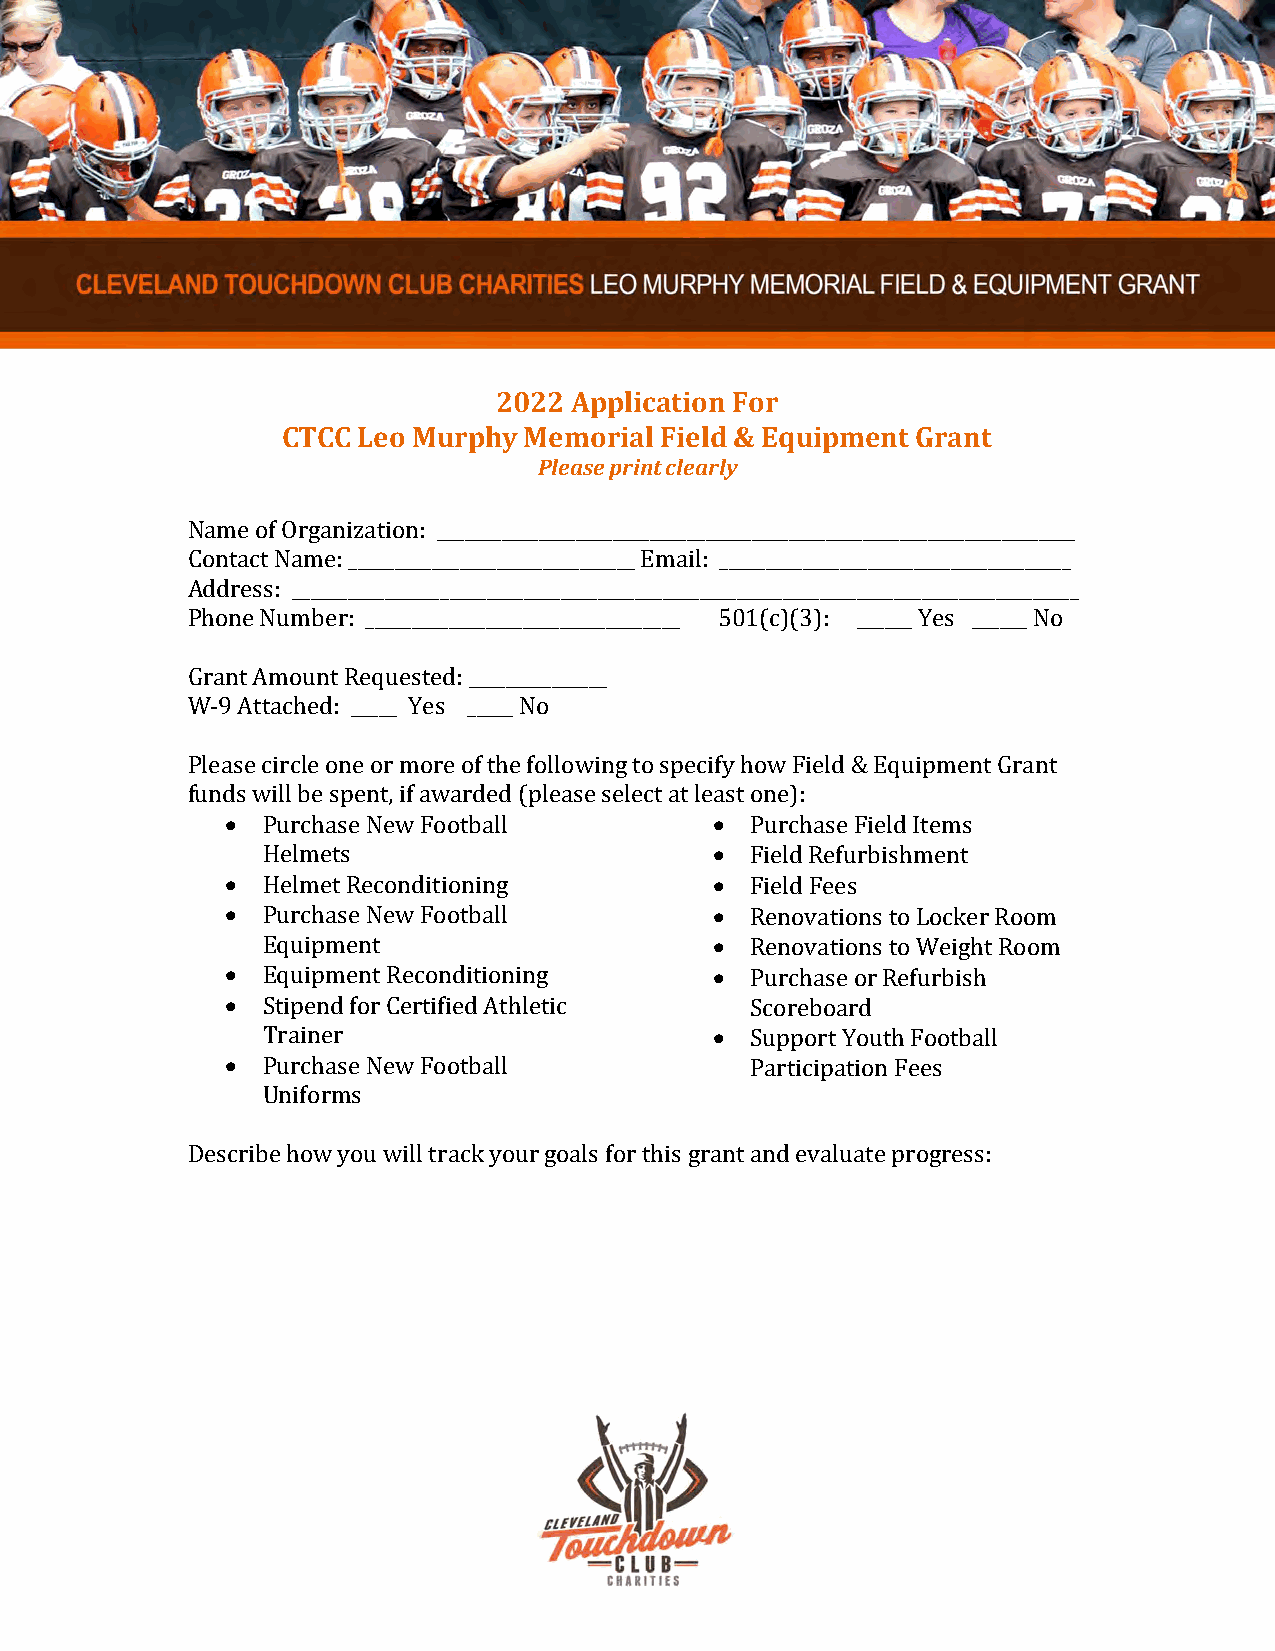
2022 Application For
 CTCC Leo Murphy Memorial Field & Equipment Grant
 Please print clearly
 Name of Organization: _____________________________________________________________________
 Contact Name: _______________________________ Email: ______________________________________
 Address: _____________________________________________________________________________________
 Phone Number: __________________________________ 501(c)(3): ______ Yes ______ No
 Grant Amount Requested: _______________
 W-9 Attached: _____ Yes _____ No
 Please circle one or more of the following to specify how Field & Equipment Grant
 funds will be spent, if awarded (please select at least one):
  Purchase New Football           Purchase Field Items
 Helmets                         Field Refurbishment
  Helmet Reconditioning           Field Fees
  Purchase New Football           Renovations to Locker Room
 Equipment                       Renovations to Weight Room
  Equipment Reconditioning        Purchase or Refurbish
  Stipend for Certified Athletic   Scoreboard
 Trainer                         Support Youth Football
  Purchase New Football            Participation Fees
 Uniforms
 Describe how you will track your goals for this grant and evaluate progress: